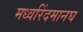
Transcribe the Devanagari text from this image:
मध्वरिंदमानघ